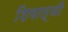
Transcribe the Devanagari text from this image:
शियात्जी